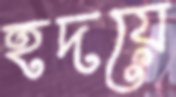
হদয়ে